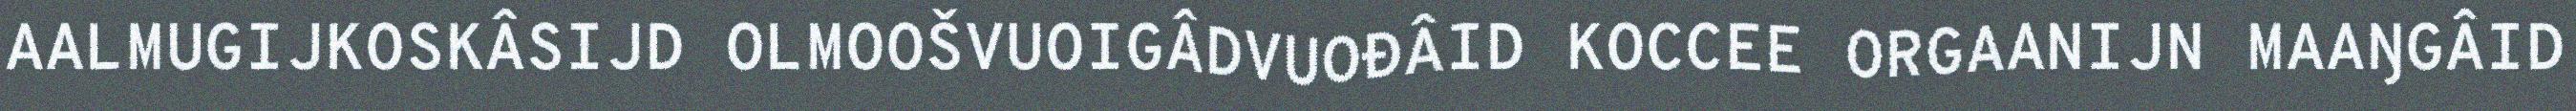
AALMUGIJKOSKÂSIJD OLMOOŠVUOIGÂDVUOĐÂID KOCCEE ORGAANIJN MAAŊGÂID